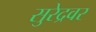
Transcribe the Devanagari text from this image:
सुरेद्रवर